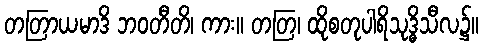
တတြာယမာဒိ ဘဝတီတိ၊ ကား။ တတြ၊ ထိုစတုပါရိသုဒ္ဓိသီလ၌။